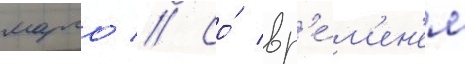
марго // Со́ вр'е́м'ен'ем